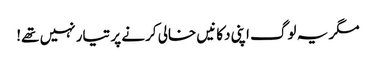
مگر یہ لوگ اپنی دکانیں خالی کرنے پر تیار نہیں تھے!